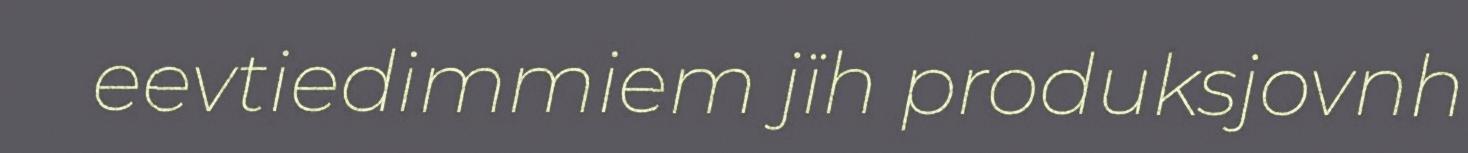
eevtiedimmiem jïh produksjovnh